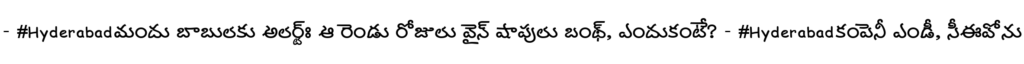
- #Hyderabadమందు బాబులకు అలర్ట్ః ఆ రెండు రోజులు వైన్ షాపులు బంద్, ఎందుకంటే? - #Hyderabadకంపెనీ ఎండీ, సీఈవోను